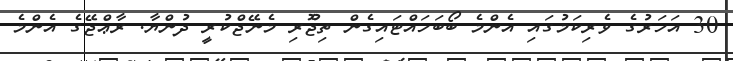
30 އަހަރުގެ ވެރިކަމުގައި އެންމެ ބޯބަހައްޓައިގެން ތިޖޫެރި މެނޭޖްކުރީ ދުންޔާ. ރާޢްޖޭގެ އެންމެ